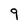
Character: 9